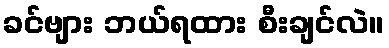
ခင်ဗျား ဘယ်ရထား စီးချင်လဲ။